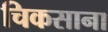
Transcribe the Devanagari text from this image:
चिकसाना